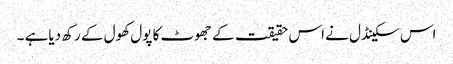
اس سکینڈل نے اس حقیقت کے جھوٹ کا پول کھول کے رکھ دیاہے ۔